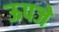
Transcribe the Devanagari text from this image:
ऊपजे